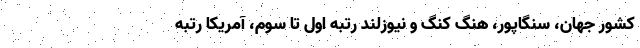
کشور جهان، سنگاپور، هنگ کنگ و نیوزلند رتبه اول تا سوم، آمریکا رتبه